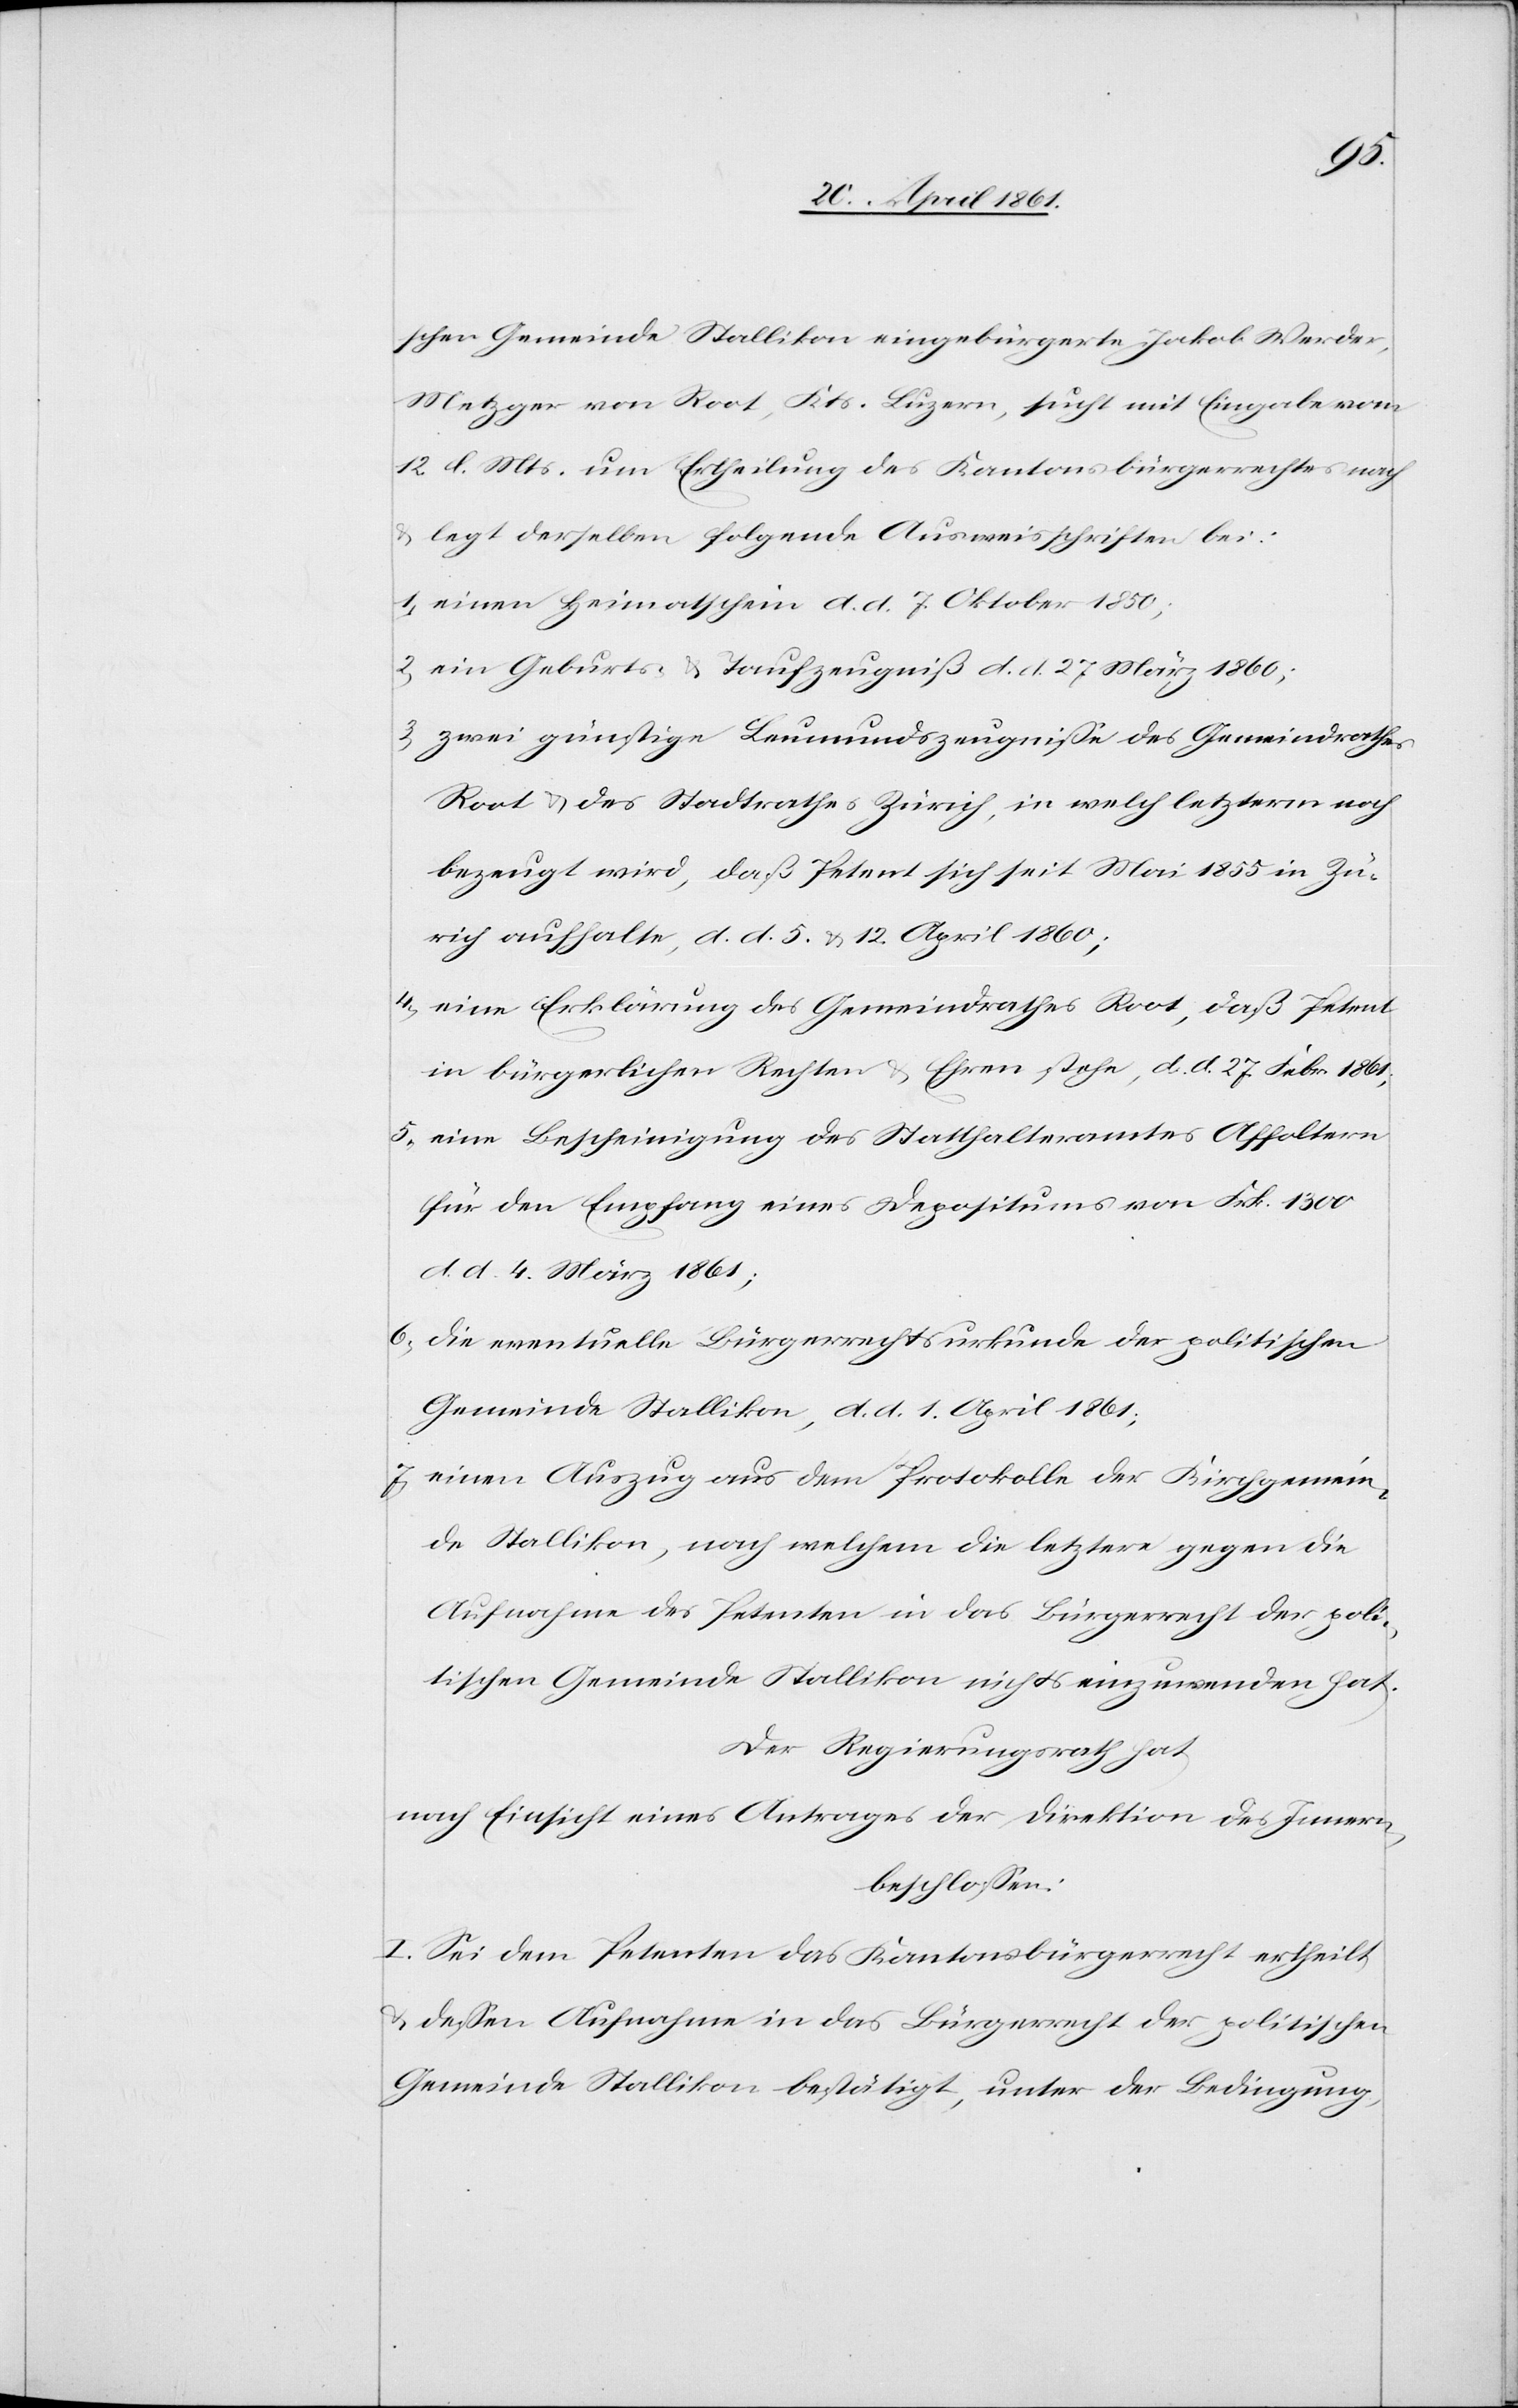
schen Gemeinde Stallikon eingebürgerte Jakob Werder,
Metzger von Root, Kts. Luzern, sucht mit Eingabe vom
12. d. Mts. um Ertheilung des Kantonsbürgerrechtes nach
u. legt derselben folgende Ausweisschriften bei:
1. einen Heimathschein d. d. 7. Oktober 1850;
2. ein Geburts- u. Taufzeugniß d. d. 27. März 1860;
3. zwei günstige Leumundszeugniße des Gemeindrathes
Root u. des Stadtrathes Zürich, in welch letzterm noch
bezeugt wird, daß Petent sich seit Mai 1855 in Zü¬
rich aufhalte, d. d. 5. u. 12. April 1860;
4. eine Erklärung des Gemeindrathes Root, daß Petent
in bürgerlichen Rechten u. Ehren stehe, d. d. 27. Febr. 1861;
5. eine Bescheinigung des Statthalteramtes Affoltern
für den Empfang eines Depositums von Frk. 1300
d. d. 4. März 1861;
6. die eventuelle Bürgerrechtsurkunde der politischen
Gemeinde Stallikon, d. d. 1. April 1861;
7. einen Auszug aus dem Protokolle der Kirchgemein¬
de Stallikon, nach welchem die letztere gegen die
Aufnahme des Petenten in das Bürgerecht der poli¬
tischen Gemeinde Stallikon nichts einzuwenden hat.
Der Regierungsrath hat,
nach Einsicht eines Antrages der Direktion des Innern,
beschlossen:
Sei dem Petenten das Kantonsbürgerrecht ertheilt
u. dessen Aufnahme in das Bürgerrecht der politischen
Gemeinde Stallikon bestätigt, unter der Bedingung,